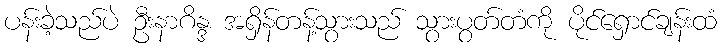
ပန်းခဲ့သည်ပဲ ဦးနာဂိန္ဒ အရှိန်တန့်သွားသည် သွားပွတ်တံကို ပိုင်ရှောင်ချန်းထံ